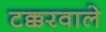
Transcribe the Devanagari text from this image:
टक्करवाले